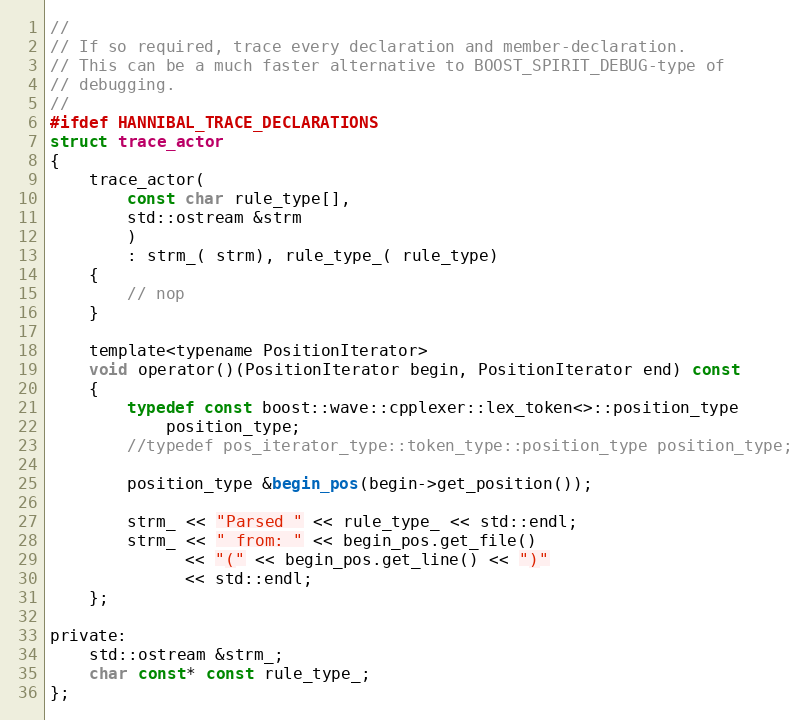
Language: C
//
// If so required, trace every declaration and member-declaration.
// This can be a much faster alternative to BOOST_SPIRIT_DEBUG-type of
// debugging.
//
#ifdef HANNIBAL_TRACE_DECLARATIONS
struct trace_actor
{
    trace_actor(
        const char rule_type[],
        std::ostream &strm
        )
        : strm_( strm), rule_type_( rule_type)
    {
        // nop
    }

    template<typename PositionIterator>
    void operator()(PositionIterator begin, PositionIterator end) const
    {
        typedef const boost::wave::cpplexer::lex_token<>::position_type
            position_type;
        //typedef pos_iterator_type::token_type::position_type position_type;

        position_type &begin_pos(begin->get_position());

        strm_ << "Parsed " << rule_type_ << std::endl;
        strm_ << " from: " << begin_pos.get_file()
              << "(" << begin_pos.get_line() << ")"
              << std::endl;
    };

private:
    std::ostream &strm_;
    char const* const rule_type_;
};